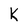
Character: k